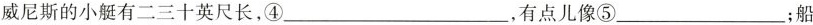
威尼斯的小艇有二三十英尺长，④___，有点儿像⑤___；船